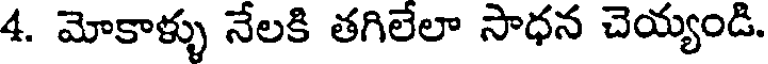
4. మోకాళ్ళు నేలకి తగిలేలా సాధన చెయ్యండి.